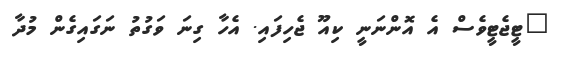
"ޓީޖެޓީވެސް އެ އޮންނަނީ ކިއޫ ޖެހިފައި. އެހާ ގިނަ ވަގުތު ނަގައިގެން މުދާ